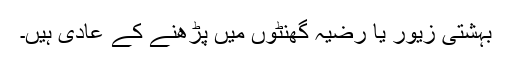
بہشتی زیور یا رضیہ گھنٹوں میں پڑھنے کے عادی ہیں۔